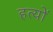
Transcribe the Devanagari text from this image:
हत्यों